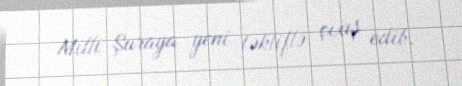
Milli Şuraya yeni təkliflə çıxış edib.